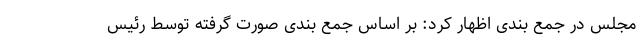
مجلس در جمع بندی اظهار کرد: بر اساس جمع بندی صورت گرفته توسط رئیس